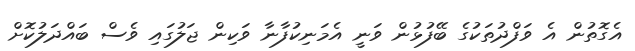
އެގޮތުން އެ ވަފްދުތަކުގެ ބޭފުޅުން ވަނީ އެމަނިކުފާނާ ވަކިން ޖަލުގައި ވެސް ބައްދަލުކޮށް